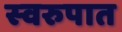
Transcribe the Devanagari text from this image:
स्‍वरुपात